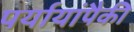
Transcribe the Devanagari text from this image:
पर्यायांपैकी